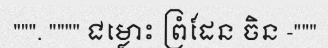
""". """" ជម្លោះ ព្រំដែន ចិន -"""